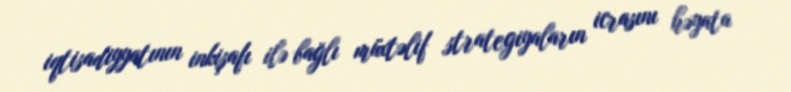
iqtisadiyyatının inkişafı ilə bağlı müxtəlif strategiyaların icrasını həyata